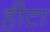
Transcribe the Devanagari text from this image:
हीटा